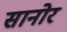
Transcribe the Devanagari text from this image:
सानोर